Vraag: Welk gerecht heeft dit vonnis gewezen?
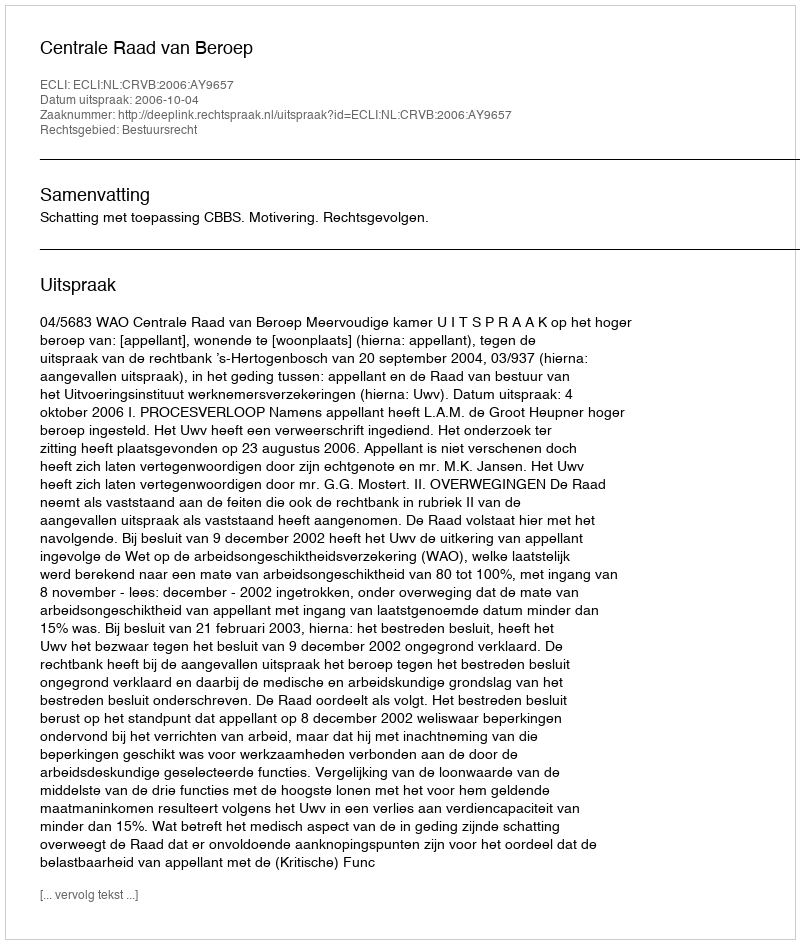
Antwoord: Centrale Raad van Beroep